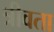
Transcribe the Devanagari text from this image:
त्रीवता